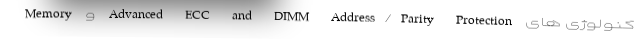
کنولوژی های Advanced ECC and DIMM Address/Parity Protection و Memory